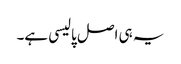
یہ ہی اصل پالیسی ہے۔